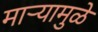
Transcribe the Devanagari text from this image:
माऱ्यामुळे